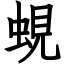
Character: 蜆